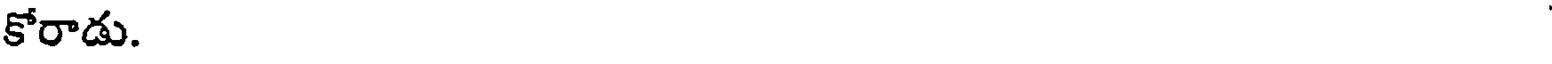
కోరాడు.